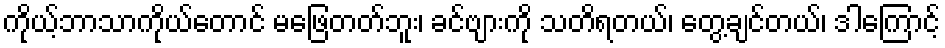
ကိုယ့်ဘာသာကိုယ်တောင် မဖြေတတ်ဘူး၊ ခင်ဗျားကို သတိရတယ်၊ တွေ့ချင်တယ်၊ ဒါကြောင့်